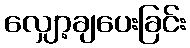
လျှော့ချပေးခြင်း